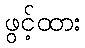
ဖွင့်ထား